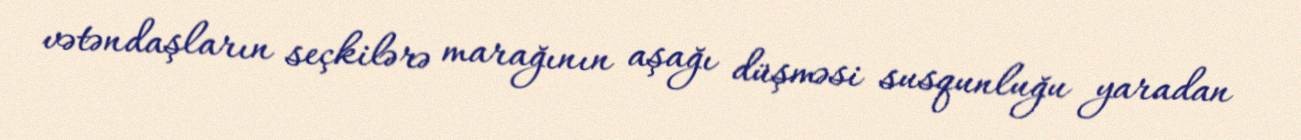
vətəndaşların seçkilərə marağının aşağı düşməsi susqunluğu yaradan